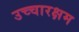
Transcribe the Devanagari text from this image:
उच्चारक्षम